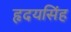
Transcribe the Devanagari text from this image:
हृदयसिंह